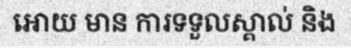
អោយ មាន ការទទួលស្គាល់ និង